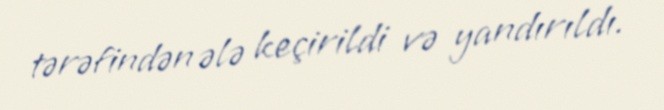
tərəfindən ələ keçirildi və yandırıldı.